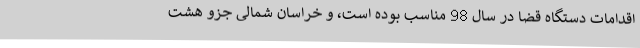
اقدامات دستگاه قضا در سال 98 مناسب بوده است، و خراسان شمالی جزو هشت